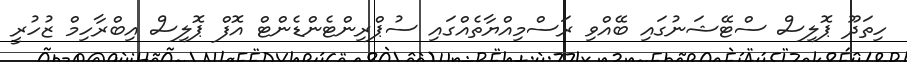
ހިތަދޫ ޕޮލިސް ސްޓޭޝަނުގައި ބޭއްވި ރަސްމިއްޔާތެއްގައި ސުޕްރިންޓެންޑެންޓް އޮފް ޕޮލިސް އިބްރާހިމް ޒުހުރީ